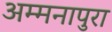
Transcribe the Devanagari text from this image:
अम्मनापुरा